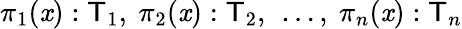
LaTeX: \pi_{1}(\mathit{x}):{\mathsf{{T}}}_{1},~\pi_{2}(\mathit{x}):{\mathsf{{T}}}_{2},~\ldots,~\pi_{n}(\mathit{x}):{\mathsf{{T}}}_{n}